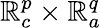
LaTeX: \mathbb{R}_{c}^{p}\times\mathbb{R}_{a}^{q}